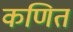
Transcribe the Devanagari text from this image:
कणित